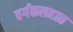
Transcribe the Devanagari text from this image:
वर्गकलहात